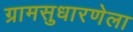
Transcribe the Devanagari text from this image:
ग्रामसुधारणेला